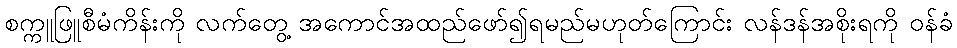
စက္ကူဖြူစီမံကိန်းကို လက်တွေ့ အကောင်အထည်ဖော်၍ရမည်မဟုတ်ကြောင်း လန်ဒန်အစိုးရကို ဝန်ခံ